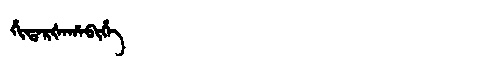
Manchu: ᡥᡳᡨᠠᡵᡧᠠᡥᠠᠪᡳᡥᡝ
Romanization: HITARŠAHABIHE